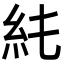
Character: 𥾑